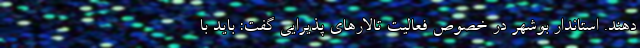
دهند. استاندار بوشهر در خصوص فعالیت تالارهای پذیرایی گفت: باید با